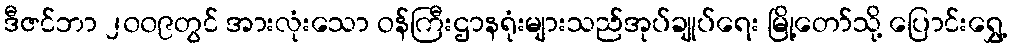
ဒီဇင်ဘာ ၂၀၀၉တွင် အားလုံးသော ဝန်ကြီးဌာနရုံးများသည်အုပ်ချုပ်ရေး မြို့တော်သို့ ပြောင်းရွှေ့